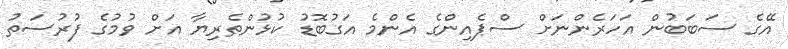
އޭގެ ސަބަބުން އަހަރެންނަށް ސްޕެއިންގެ އެންމެ އަގުބޮޑު ކުޅުންތެރިޔާ އަށް ވުމުގެ ފުރުސަތު